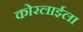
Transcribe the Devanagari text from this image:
कोरलाईला